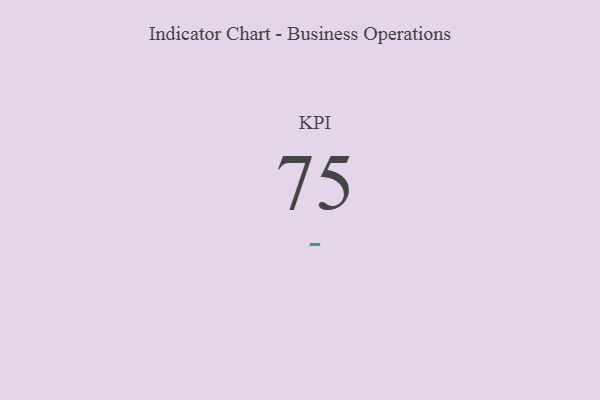
{"axis": {"x": "KPI", "y": "Value"}, "legend": [""], "data": [{"x": "KPI", "y": 75, "type": ""}]}